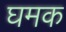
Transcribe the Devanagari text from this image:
घमक